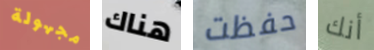
مجهولة هناك حفظت أنك